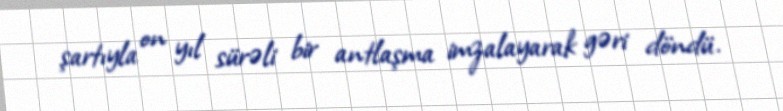
şartıyla on yıl sürəli bir antlaşma imzalayarak gəri döndü.